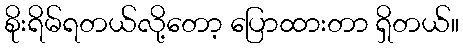
စိုးရိမ်ရတယ်လို့တော့ ပြောထားတာ ရှိတယ်။